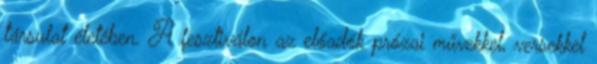
társulat életében. A fesztiválon az előadók prózai művekkel, versekkel